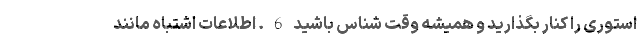
استوری را کنار بگذارید و همیشه وقت شناس باشید 6 . اطلاعات اشتباه مانند